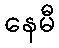
နေမီ